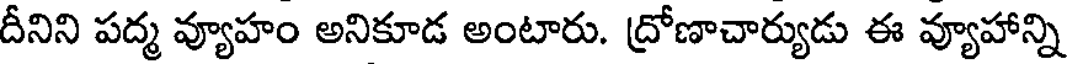
దీనిని పద్మ వ్యూహం అనికూడ అంటారు. ద్రోణాచార్యుడు ఈ వ్యూహాన్ని